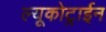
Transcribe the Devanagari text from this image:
ल्यूकोट्राईन